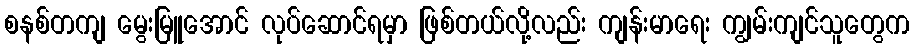
စနစ်တကျ မွေးမြူအောင် လုပ်ဆောင်ရမှာ ဖြစ်တယ်လို့လည်း ကျန်းမာရေး ကျွမ်းကျင်သူတွေက